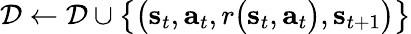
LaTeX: \mathcal{D}\leftarrow\mathcal{D}\cup\big\{ \big(\mathbf{s}_{t},\mathbf{a}_{t},r\big(\mathbf{s}_{t},\mathbf{a}_{t}\big),\mathbf{s}_{t+1}\big)\big\}